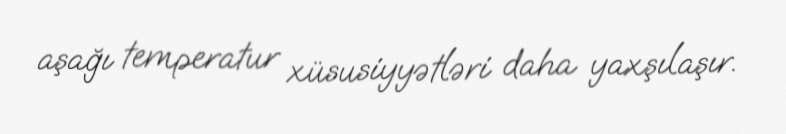
aşağı temperatur xüsusiyyətləri daha yaxşılaşır.